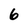
Character: 6